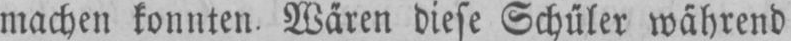
machen konnten. Wären diese Schüler während